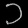
Digit: ၁